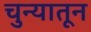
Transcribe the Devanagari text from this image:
चुन्यातून